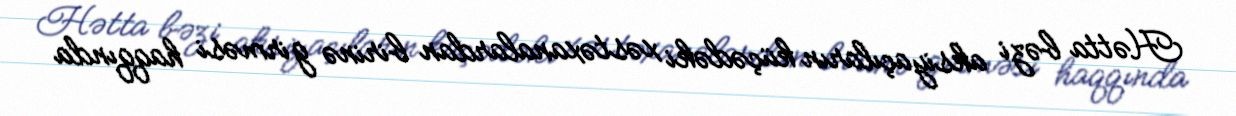
Hətta bəzi aksiyaçıların küçədəki xəstəxanalardan birinə girməsi haqqında